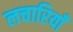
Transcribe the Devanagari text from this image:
लचारियाँ